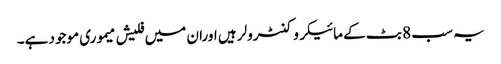
یہ سب 8 بٹ کے مائیکروکنٹرولر ہیں اوران میں فلیش میموری موجود ہے۔